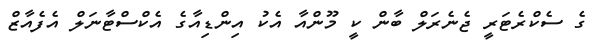
ގެ ސެކްރެޓަރީ ޖެނެރަލް ބާން ކީ މޫންއާ އެކު އިންޑިއާގެ އެކްސްޓާނަލް އެފެއާޒް